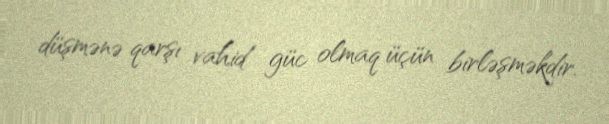
düşmənə qarşı vahid güc olmaq üçün birləşməkdir.